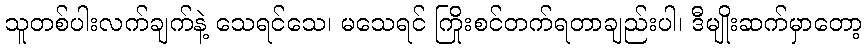
သူတစ်ပါးလက်ချက်နဲ့ သေရင်သေ၊ မသေရင် ကြိုးစင်တက်ရတာချည်းပါ၊ ဒီမျိုးဆက်မှာတော့